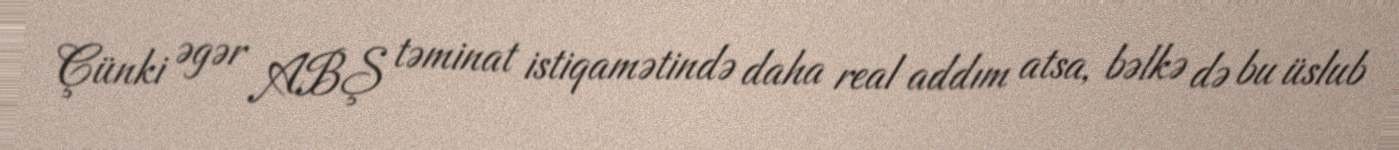
Çünki əgər ABŞ təminat istiqamətində daha real addım atsa, bəlkə də bu üslub